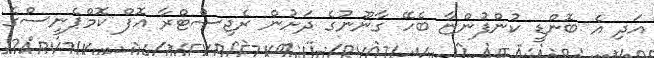
އަދި އެ ބޮންޑީ ކުންފުންޏާ ބެހޭ ގާނޫނުގެ ދަށުން ރެޖިސްޓްރާ އޮފް ކޮމްޕެނީސްގެ